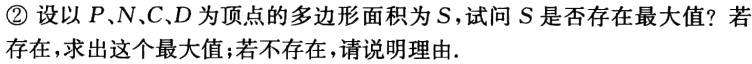
\textcircled{2} 设以 \(P、N、C、D\) 为顶点的多边形面积为 \(S\)，试问 \(S\) 是否存在最大值？若存在，求出这个最大值；若不存在，请说明理由.